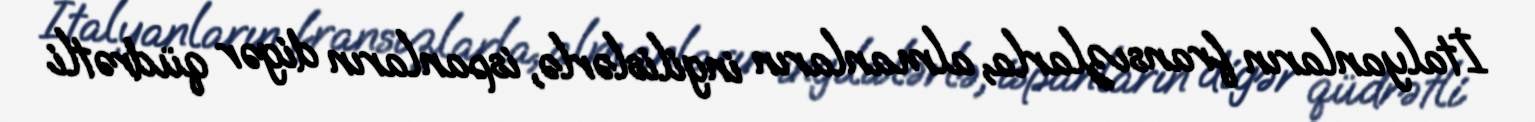
İtalyanların fransızlarla, almanların ingilislərlə, ispanların digər qüdrətli